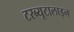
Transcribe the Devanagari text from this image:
टरब्यूटालाइन